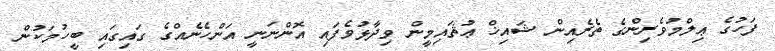
ފަހުގެ ޢިލްމުވެރިންގެ ތެރެއިން ޝައިޚް ޢުޘައިމީން ވިދާޅުވެފައި އޮންނަނީ އަންހެނެއްގެ ގައިގައި ބީހުމަކުން